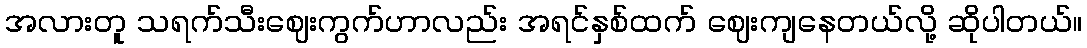
အလားတူ သရက်သီးဈေးကွက်ဟာလည်း အရင်နှစ်ထက် ဈေးကျနေတယ်လို့ ဆိုပါတယ်။